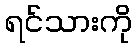
ရင်သားကို